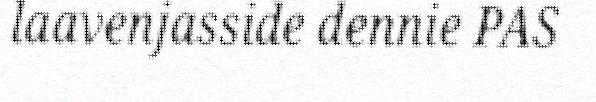
laavenjasside dennie PAS